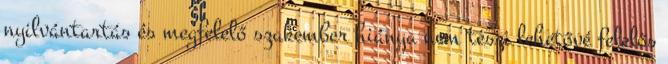
nyilvántartás és megfelelő szakember hiánya nem teszi lehetővé felelős